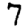
Digit: 7